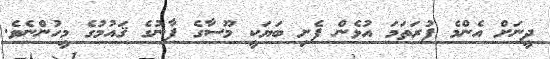
ދީނަށް އެންމެ ފުރަތަމަ އުޅެން ފެށި ބަޔަކީ މޫސާގެ ފާނުގެ ޤައުމުގެ މީހުންނެވެ.